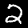
Label: 2